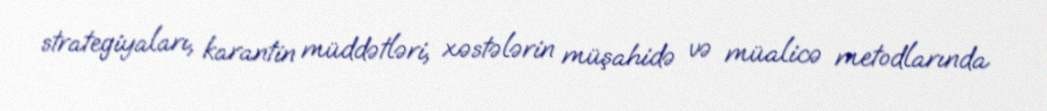
strategiyaları, karantin müddətləri, xəstələrin müşahidə və müalicə metodlarında